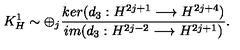
K _ { H } ^ { 1 } \sim \oplus _ { j } \frac { k e r ( d _ { 3 } : H ^ { 2 j + 1 } \longrightarrow H ^ { 2 j + 4 } ) } { i m ( d _ { 3 } : H ^ { 2 j - 2 } \longrightarrow H ^ { 2 j + 1 } ) } .